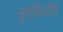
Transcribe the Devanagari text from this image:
न्यूक्लिऔटिड